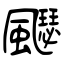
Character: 飋